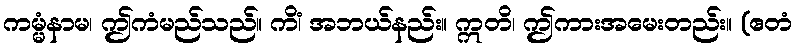
ကမ္မံနာမ၊ ဤကံမည်သည်။ ကိံ၊ အဘယ်နည်း။ ဣတိ၊ ဤကားအမေးတည်း။ (ဧတံ